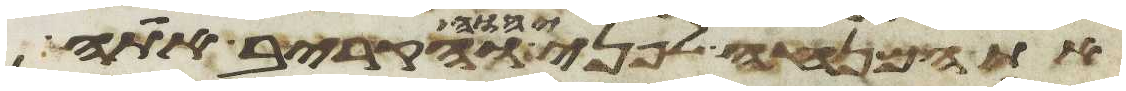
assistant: את המנחה לפני יהוה והקריב אתה